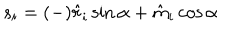
LaTeX: s _ { i } = ( - ) \hat { r } _ { i } \sin \alpha + \hat { m } _ { i } \cos \alpha